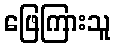
ဖြေကြားသူ